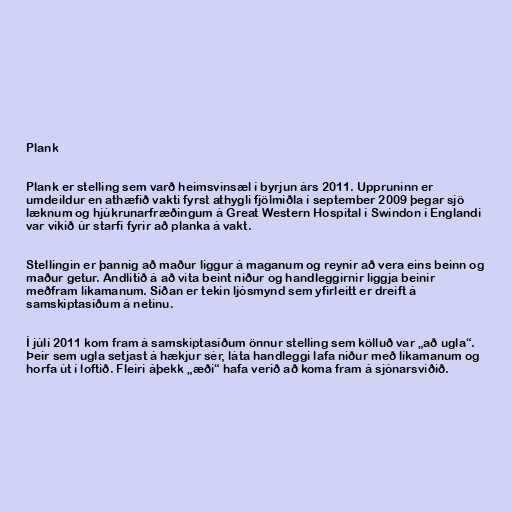
Plank

Plank er stelling sem varð heimsvinsæl í byrjun árs 2011. Uppruninn er
umdeildur en athæfið vakti fyrst athygli fjölmiðla í september 2009 þegar sjö
læknum og hjúkrunarfræðingum á Great Western Hospital í Swindon í Englandi
var vikið úr starfi fyrir að planka á vakt.

Stellingin er þannig að maður liggur á maganum og reynir að vera eins beinn og
maður getur. Andlitið á að vita beint niður og handleggirnir liggja beinir
meðfram líkamanum. Síðan er tekin ljósmynd sem yfirleitt er dreift á
samskiptasíðum á netinu.

Í júlí 2011 kom fram á samskiptasíðum önnur stelling sem kölluð var „að ugla“.
Þeir sem ugla setjast á hækjur sér, láta handleggi lafa niður með líkamanum og
horfa út í loftið. Fleiri áþekk „æði“ hafa verið að koma fram á sjónarsviðið.